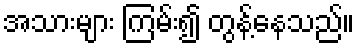
အသားများ ကြမ်း၍ တွန့်နေသည်။